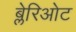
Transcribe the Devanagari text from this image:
ब्लेरिओट